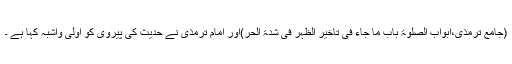
(جامع ترمذی،ابواب الصلوٰۃ باب ما جاء فی تأخیر الظہر فی شدّۃ الحر)اور امام ترمذی نے حدیث کی پیروی کو اولیٰ واشبہ کہا ہے ۔